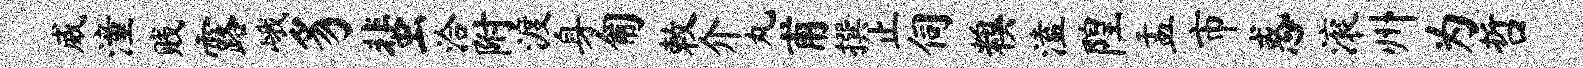
威潼贱露峨豸蜚洽附渡身匍敕介丸甫撰止伺糗溘隍盂市惑滚州为哲